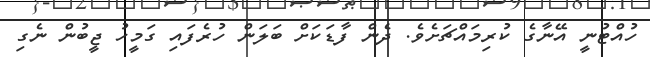
ހުއްޓުނީ އޭނާގެ ކުރިމައްޗަށެވެ. ދެން ފާޑަކަށް ބަލަން ހުރެފައި ގަމީހު ޖީބުން ނެގި